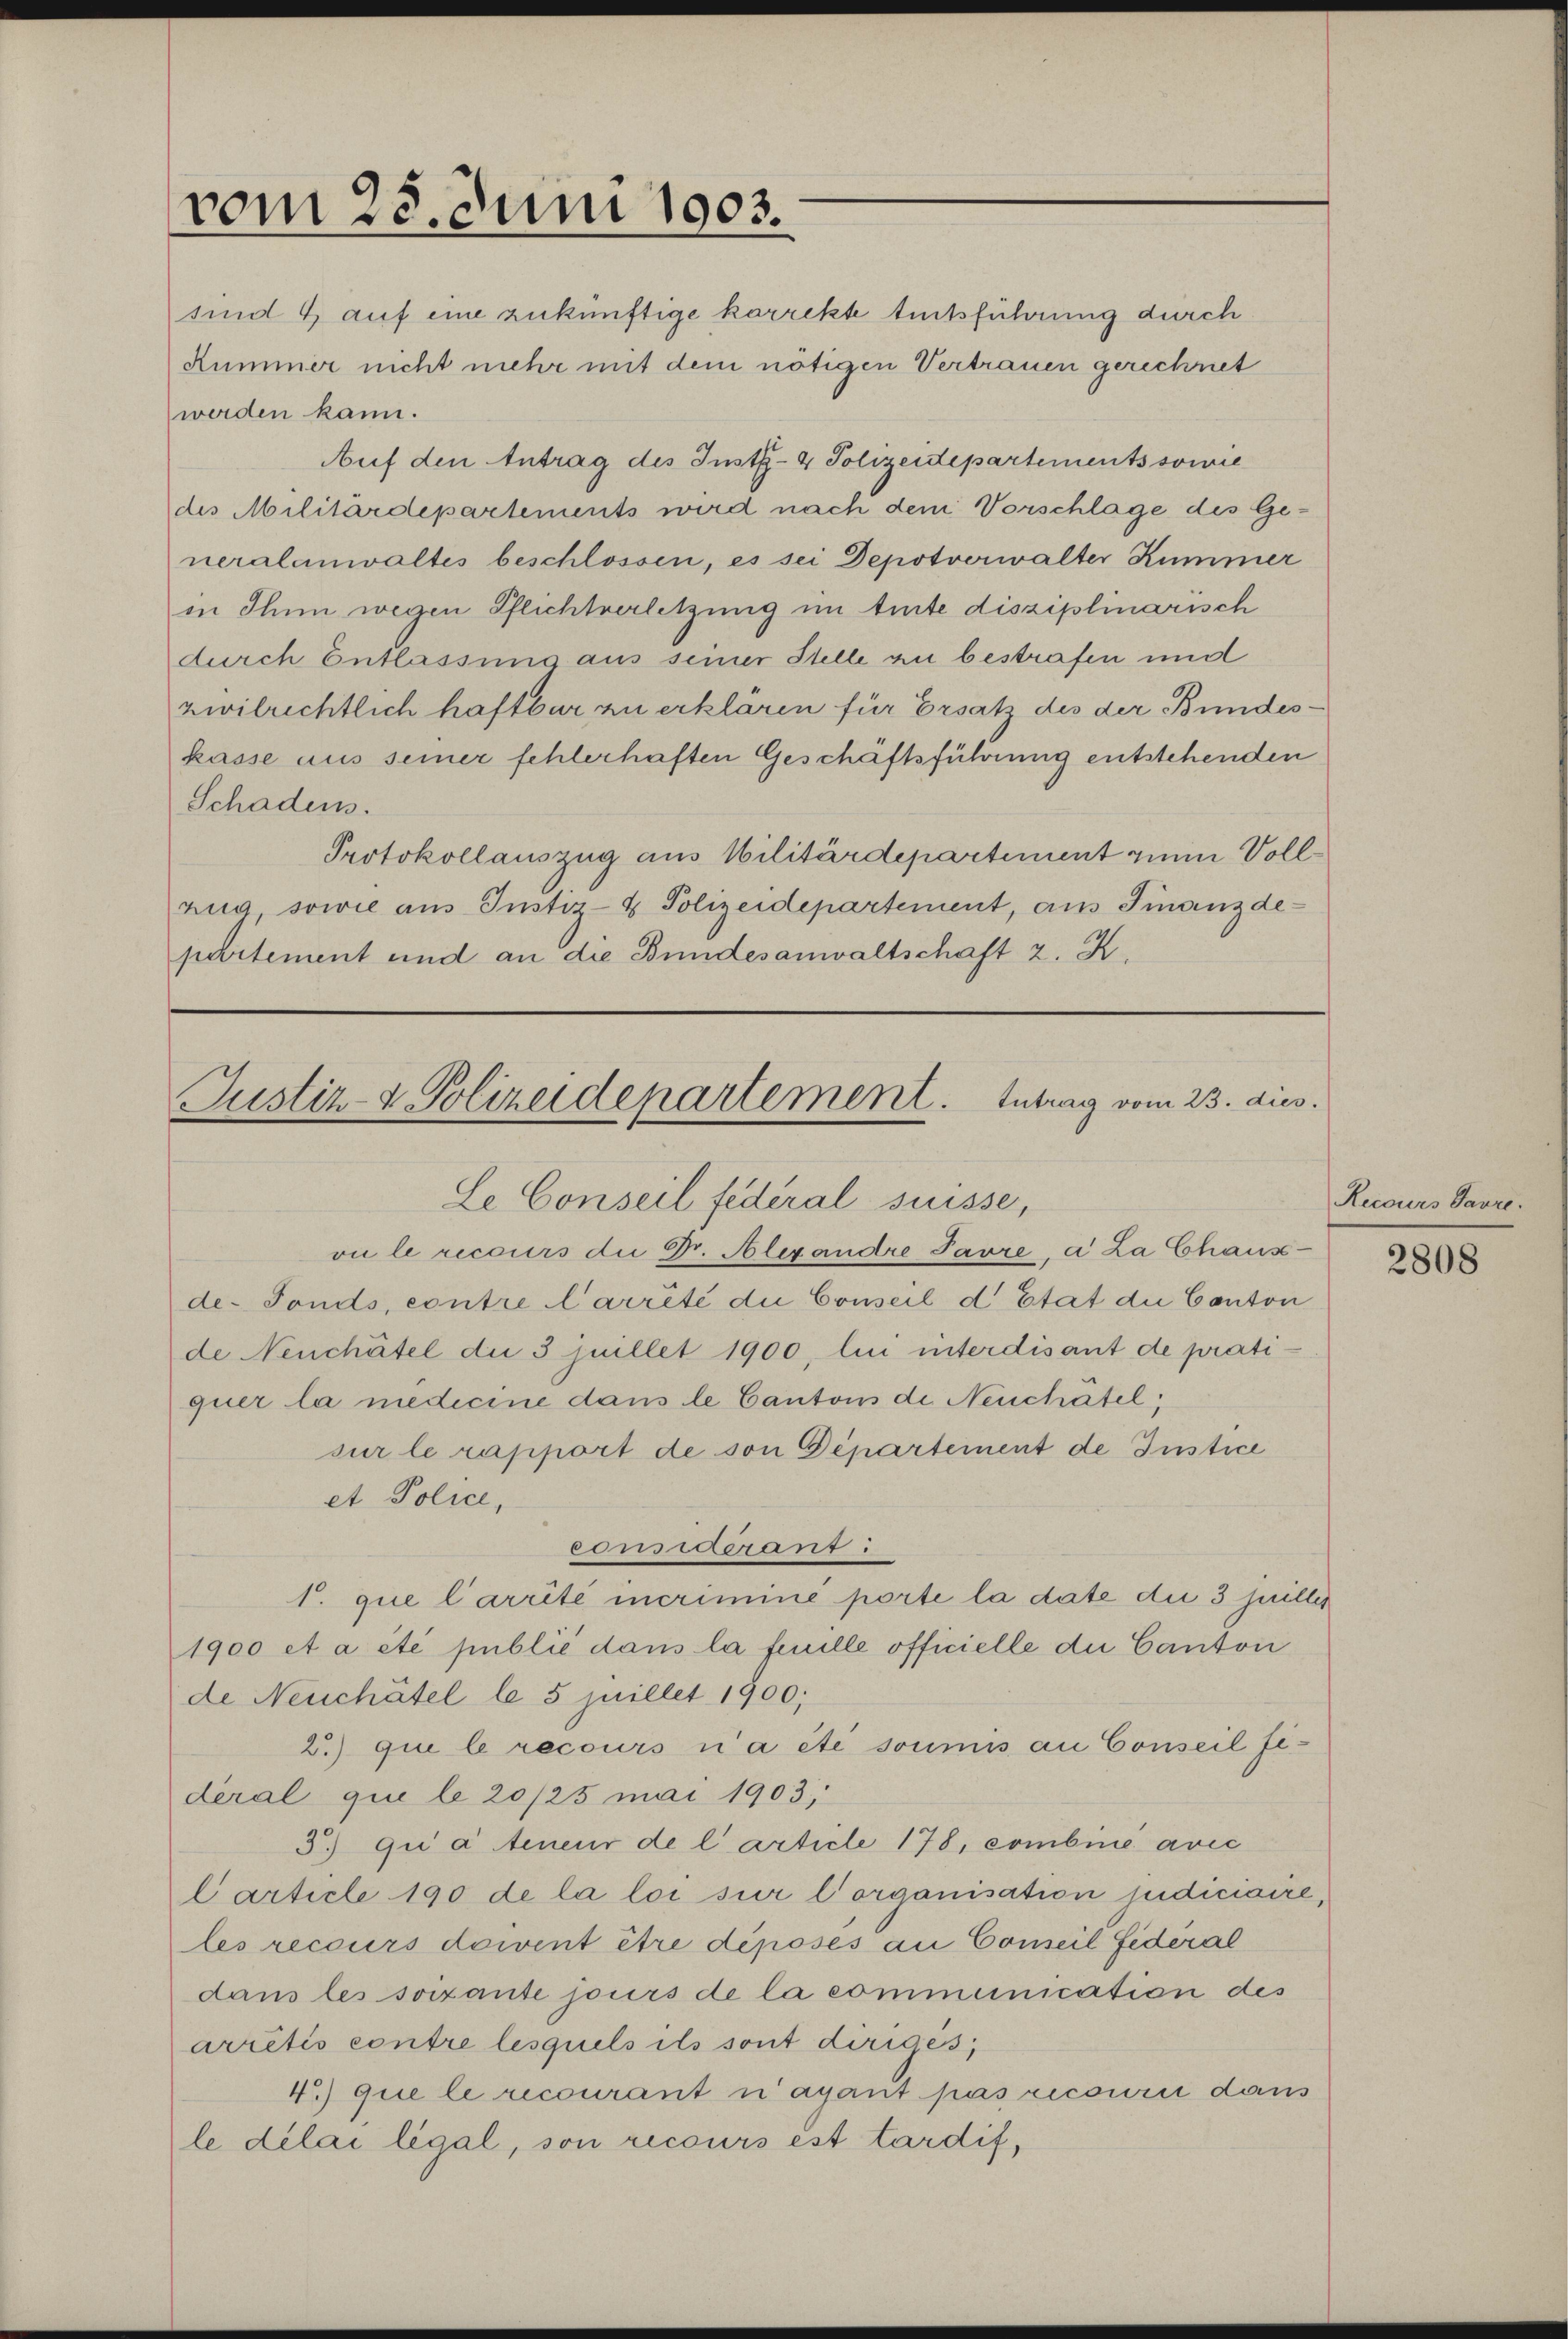
sind 4 auf eine zukünftige korrekte tentsführung durch
Kummer nicht mehr mit dem nötigen Vertrauen gerechnet
werden kann.
Auf den Antrag des Justiz- & Polizeidepartements sowie
des Militärdepartements wird nach dem Vorschlage des Ge-
neralanwaltes beschlossen, es sei Depotverwalter Kummer
in Thun wegen Pflichtverletzung im trete disziplinarisch
durch Entlassung aus seiner Stelle an bestrafen und
zwilrichtlich haftbar zu erklären für Ersatz des der Bundeskasse aus seiner fehlerhaften Geschäftsführung entstehenden
Schadens.
Protokollauszug aus Militärdepartement zum Vollzug, sowie aus Justiz- & Polizeidepartement, aus Finanzdepartement und an die Bundesanwaltschaft z. R.

vom 28. Juni 1903.

Justiz- & Polizeidepartement. Antrag vom 23. dies
Le Conseil federal suisse,
vu le recours die Dr. Alexandre Pavre, a La Chaus-

de- Fonds, contre l’arrêté die Conseil d’Etat die Canton
de Neuchâtel die 3 Juillet 1900, lin interdisant de pratiquer la medicine dans le Cantons de Neuchâtel,
sur le rapport de von Departement de Justice
et Police,
consuerung :
1. que Carrité incriminé porte la date die 3 Juillis
1900 et a été publie dans la feuille officielle die Canton
de Neuchâtel le 5 juillet 1900;
2.) que le recours n’a été soumis an Conseil fideral que le 20/25 mai 1903,
3) qui a teneur de l’article 178, combine avec
Carticle 190 de la loi sur Corganisation judiciaire,
les recours doivent être déposés au Conseil Fidéral
dans les soixante jours de la communication des
arretis contre lesquels ils sont diriges,
4) que le recourant n’ayant pas recourir dans
le délai légal, son recours est tardif,

Recours Favre.

2808